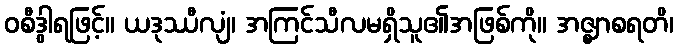
ဝစီဒွါရဖြင့်။ ယဒုဿီလျံ၊ အကြင်သီလမရှိသူ၏အဖြစ်ကို။ အဇ္ဈာစရတိ၊